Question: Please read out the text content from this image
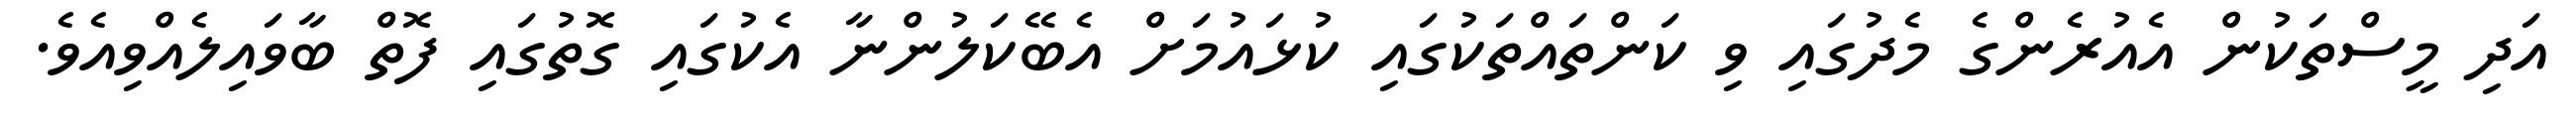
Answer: އަދި މީސްތަކުން އެއުރެންގެ މެދުގައި ވި ކަންތައްތަކުގައި ކުޅައުމަށް އެބޭކަލުންނާ އެކުގައި ގޮތުގައި ފޮތް ބާވައިލެއްވިއެވެ.